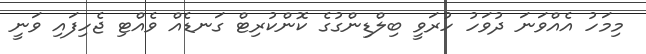
މިމަހު އެއްވަނަ ދުވަހު ހުރަވީ ބިލްޑިންގުގެ ކޮންކުރިޓް ގަނޑެއް ވެއްޓި ޖެހިފައި ވަނީ